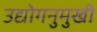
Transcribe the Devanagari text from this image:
उद्योगनुमुखी